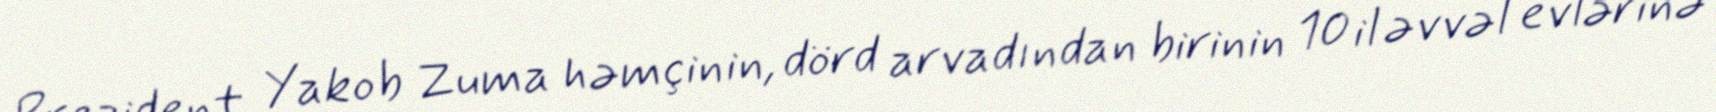
Prezident Yakob Zuma həmçinin, dörd arvadından birinin 10 il əvvəl evlərinə